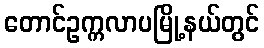
တောင်ဥက္ကလာပမြို့နယ်တွင်